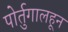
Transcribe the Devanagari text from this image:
पोर्तुगालहून